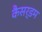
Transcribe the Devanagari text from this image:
कैसर्डम